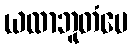
ယထာဘူတံပေ